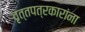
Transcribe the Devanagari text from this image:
वृत्तपत्रकारांना